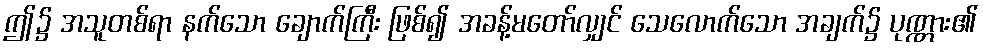
ဤ၌ အသူတစ်ရာ နက်သော ချောက်ကြီး ဖြစ်၍ အခန့်မတော်လျှင် သေလောက်သော အချက်၌ ပုဏ္ဏား၏